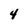
Character: 4